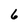
Character: 6